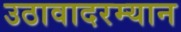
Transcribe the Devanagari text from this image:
उठावादरम्यान